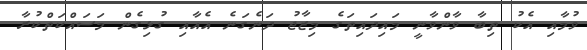
ވުމާއި އެކު ތިބާ ވާންވާނީ މައިދައިތަގެ މިޒާޖު ދަނެގަނެ އެއާއި ގުޅިގެން މަސައްކަތްކުރާ